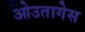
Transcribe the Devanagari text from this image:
ओउतागेस